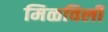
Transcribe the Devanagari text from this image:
मिळविलीं